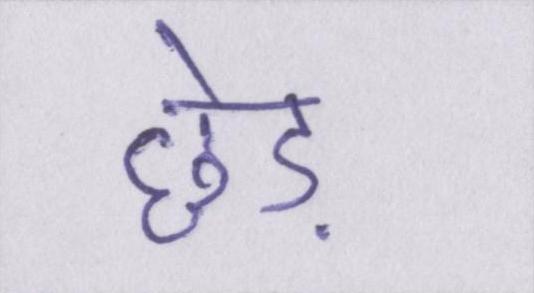
छेड़